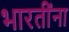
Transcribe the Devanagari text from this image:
भारतींना